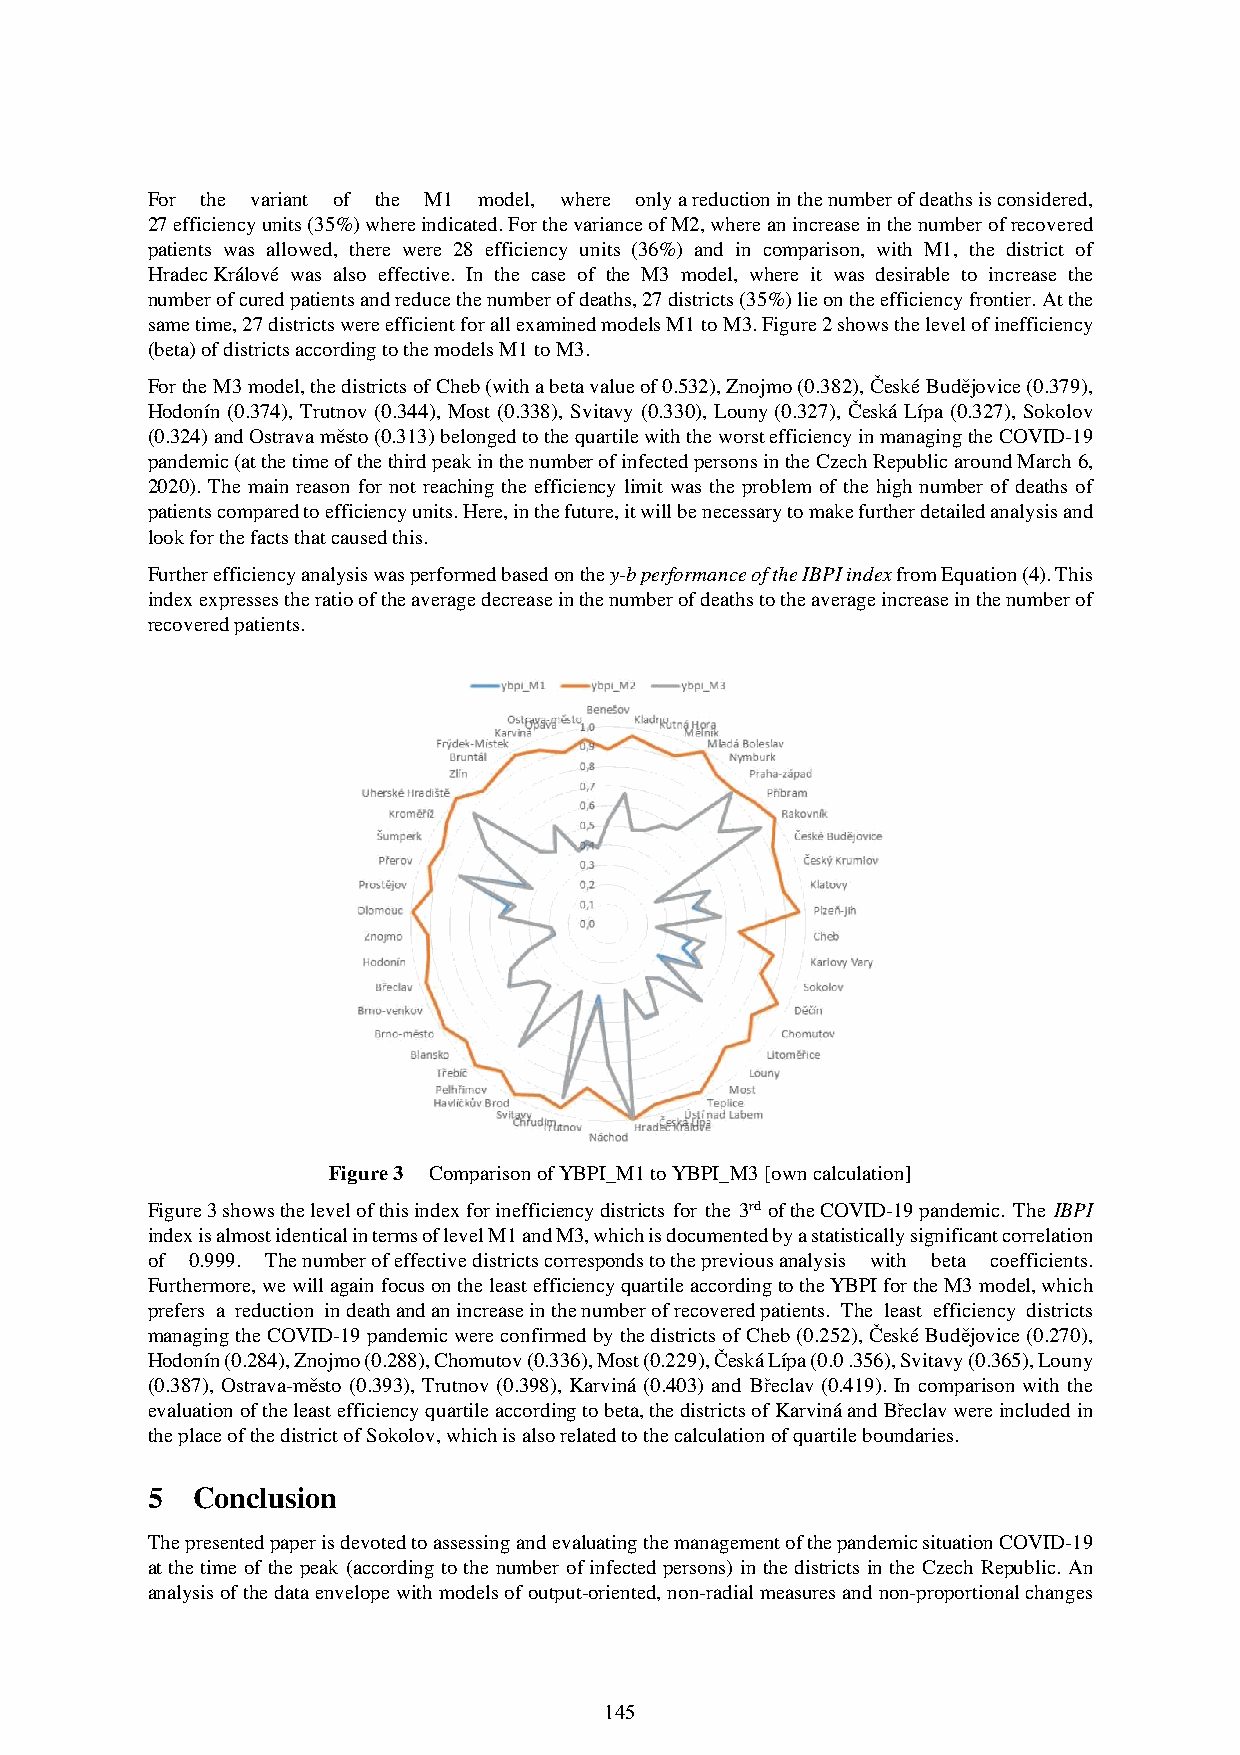
For the variant of the M1 model, where only a reduction in the number of deaths is considered,
 27 efficiency units (35%) where indicated. For the variance of M2, where an increase in the number of recovered
 patients was allowed, there were 28 efficiency units (36%) and in comparison, with M1, the district of
 Hradec Králové was also effective. In the case of the M3 model, where it was desirable to increase the
 number of cured patients and reduce the number of deaths, 27 districts (35%) lie on the efficiency frontier. At the
 same time, 27 districts were efficient for all examined models M1 to M3. Figure 2 shows the level of inefficiency
 (beta) of districts according to the models M1 to M3.
 For the M3 model, the districts of Cheb (with a beta value of 0.532), Znojmo (0.382), České Budějovice (0.379),
 Hodonín (0.374), Trutnov (0.344), Most (0.338), Svitavy (0.330), Louny (0.327), Česká Lípa (0.327), Sokolov
 (0.324) and Ostrava město (0.313) belonged to the quartile with the worst efficiency in managing the COVID-19
 pandemic (at the time of the third peak in the number of infected persons in the Czech Republic around March 6,
 2020). The main reason for not reaching the efficiency limit was the problem of the high number of deaths of
 patients compared to efficiency units. Here, in the future, it will be necessary to make further detailed analysis and
 look for the facts that caused this.
 Further efficiency analysis was performed based on the y-b performance of the IBPI index from Equation (4). This
 index expresses the ratio of the average decrease in the number of deaths to the average increase in the number of
 recovered patients.
 Figure 3 Comparison of YBPI_M1 to YBPI_M3 [own calculation]
 Figure 3 shows the level of this index for inefficiency districts for the 3rd of the COVID-19 pandemic. The IBPI
 index is almost identical in terms of level M1 and M3, which is documented by a statistically significant correlation
 of 0.999. The number of effective districts corresponds to the previous analysis with beta coefficients.
 Furthermore, we will again focus on the least efficiency quartile according to the YBPI for the M3 model, which
 prefers a reduction in death and an increase in the number of recovered patients. The least efficiency districts
 managing the COVID-19 pandemic were confirmed by the districts of Cheb (0.252), České Budějovice (0.270),
 Hodonín (0.284), Znojmo (0.288), Chomutov (0.336), Most (0.229), Česká Lípa (0.0 .356), Svitavy (0.365), Louny
 (0.387), Ostrava-město (0.393), Trutnov (0.398), Karviná (0.403) and Břeclav (0.419). In comparison with the
 evaluation of the least efficiency quartile according to beta, the districts of Karviná and Břeclav were included in
 the place of the district of Sokolov, which is also related to the calculation of quartile boundaries.
 5  Conclusion
 The presented paper is devoted to assessing and evaluating the management of the pandemic situation COVID-19
 at the time of the peak (according to the number of infected persons) in the districts in the Czech Republic. An
 analysis of the data envelope with models of output-oriented, non-radial measures and non-proportional changes
 145